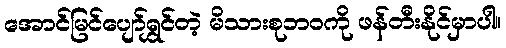
အောင်မြင်ပျော်ရွှင်တဲ့ မိသားစုဘဝကို ဖန်တီးနိုင်မှာပါ။